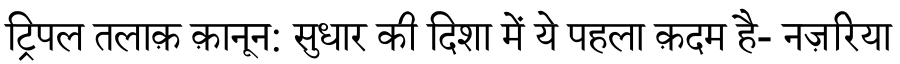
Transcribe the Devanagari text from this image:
ट्रिपल तलाक़ क़ानून: सुधार की दिशा में ये पहला क़दम है- नज़रिया